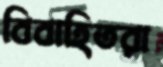
বিবাহিতরা